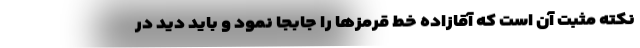
نکته مثبت آن است که آقازاده خط قرمزها را جابجا نمود و باید دید در